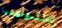
للتكنولوجيا